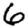
Digit: 6